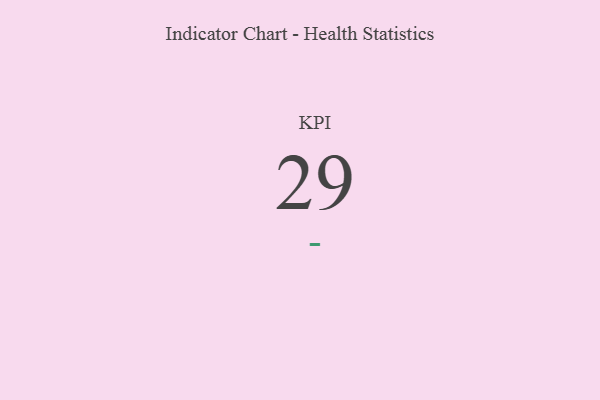
{"axis": {"x": "KPI", "y": "Value"}, "legend": [""], "data": [{"x": "KPI", "y": 29, "type": ""}]}